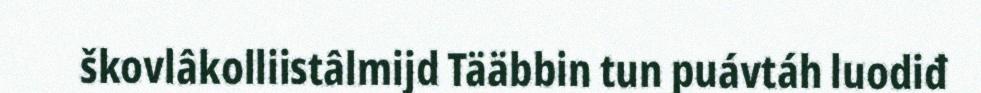
škovlâkolliistâlmijd Tääbbin tun puávtáh luodiđ